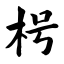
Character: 枵